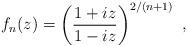
LaTeX: \begin{align*}f_{n}(z)=\left( \frac{1+iz}{1-iz}\right) ^{2/\left( n+1\right) }\,\,,\end{align*}